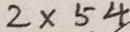
2 \times 5 4